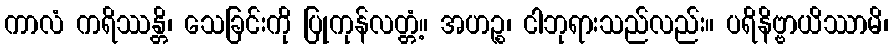
ကာလံ ကရိဿန္တိ၊ သေခြင်းကို ပြုကုန်လတ္တံ့။ အဟဉ္စ၊ ငါဘုရားသည်လည်း။ ပရိနိဗ္ဗာယိဿာမိ၊